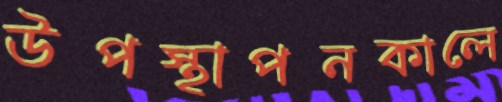
উপস্থাপনকালে